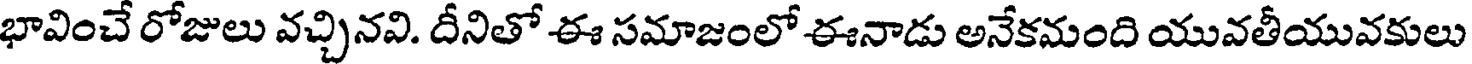
భావించే రోజులు వచ్చినవి. దీనితో ఈ సమాజంలో ఈనాడు అనేకమంది యువతీయువకులు